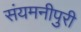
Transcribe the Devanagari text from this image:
संयमनीपुरी